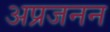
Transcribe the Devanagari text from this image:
अप्रजनन